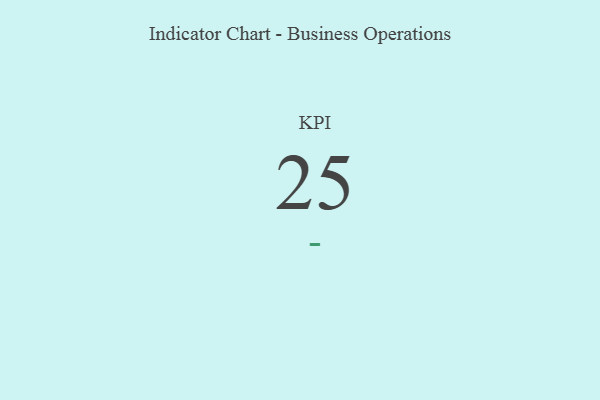
{"axis": {"x": "KPI", "y": "Value"}, "legend": [""], "data": [{"x": "KPI", "y": 25, "type": ""}]}